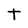
Character: t